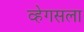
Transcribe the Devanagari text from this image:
व्हेगसला